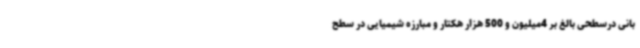
بانی درسطحی بالغ بر 4میلیون و 500 هزار هکتار و مبارزه شیمیایی در سطح